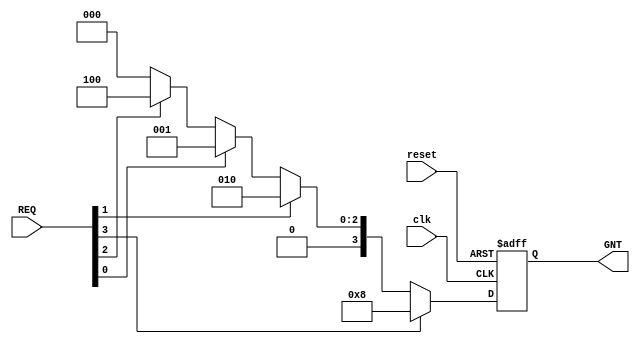
`timescale 1ns / 1ps
//////////////////////////////////////////////////////////////////////////////////
// Module Name:    fixedpoint_arbiter 
// Author  Name:  Ummidi Chandrika
////////////////////////////////////////////////////////////////
module fixedpriority_arbiter(output reg [3:0] GNT,
           input [3:0] REQ,
           input clk,reset 
);
always @(posedge clk or negedge reset)
// PRIORITY 3>1>0>2
    begin
    if(!reset)
    GNT<= 4'b0000;
    else if(REQ[3])
     GNT<= 4'b1000;
    else if(REQ[1])
     GNT<= 4'b0010;
    else if(REQ[0])
     GNT<= 4'b0001;
    else if(REQ[2])
     GNT<= 4'b0100;
     else 
     GNT<= 4'b0000;
    end
    
endmodule